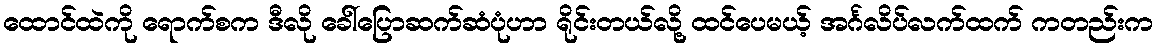
ထောင်ထဲကို ရောက်စက ဒီလို ခေါ်ပြောဆက်ဆံပုံဟာ ရိုင်းတယ်လို့ ထင်ပေမယ့် အင်္ဂလိပ်လက်ထက် ကတည်းက